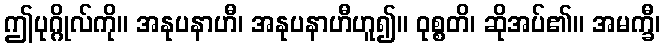
ဤပုဂ္ဂိုလ်ကို။ အနုပနာဟီ၊ အနုပနာဟီဟူ၍။ ဝုစ္စတိ၊ ဆိုအပ်၏။ အမက္ခီ၊